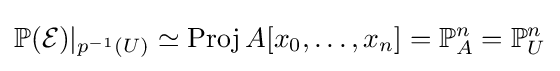
\mathbb {P} ({\mathcal {E}})|_{p^{-1}(U)}\simeq \operatorname {Proj} A[x_{0},\dots ,x_{n}]=\mathbb {P} _{A}^{n}=\mathbb {P} _{U}^{n}